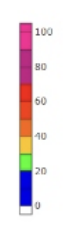
Blue: 0 to 20
Green: 20 to 30
Yellow: 30 to 40
Orange: 40 to 50
Dark Orange: 50 to 60
Red: 60 to 70
Magenta: 70 to 90
Pink: 90 to 105